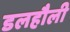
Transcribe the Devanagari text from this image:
डलहौली